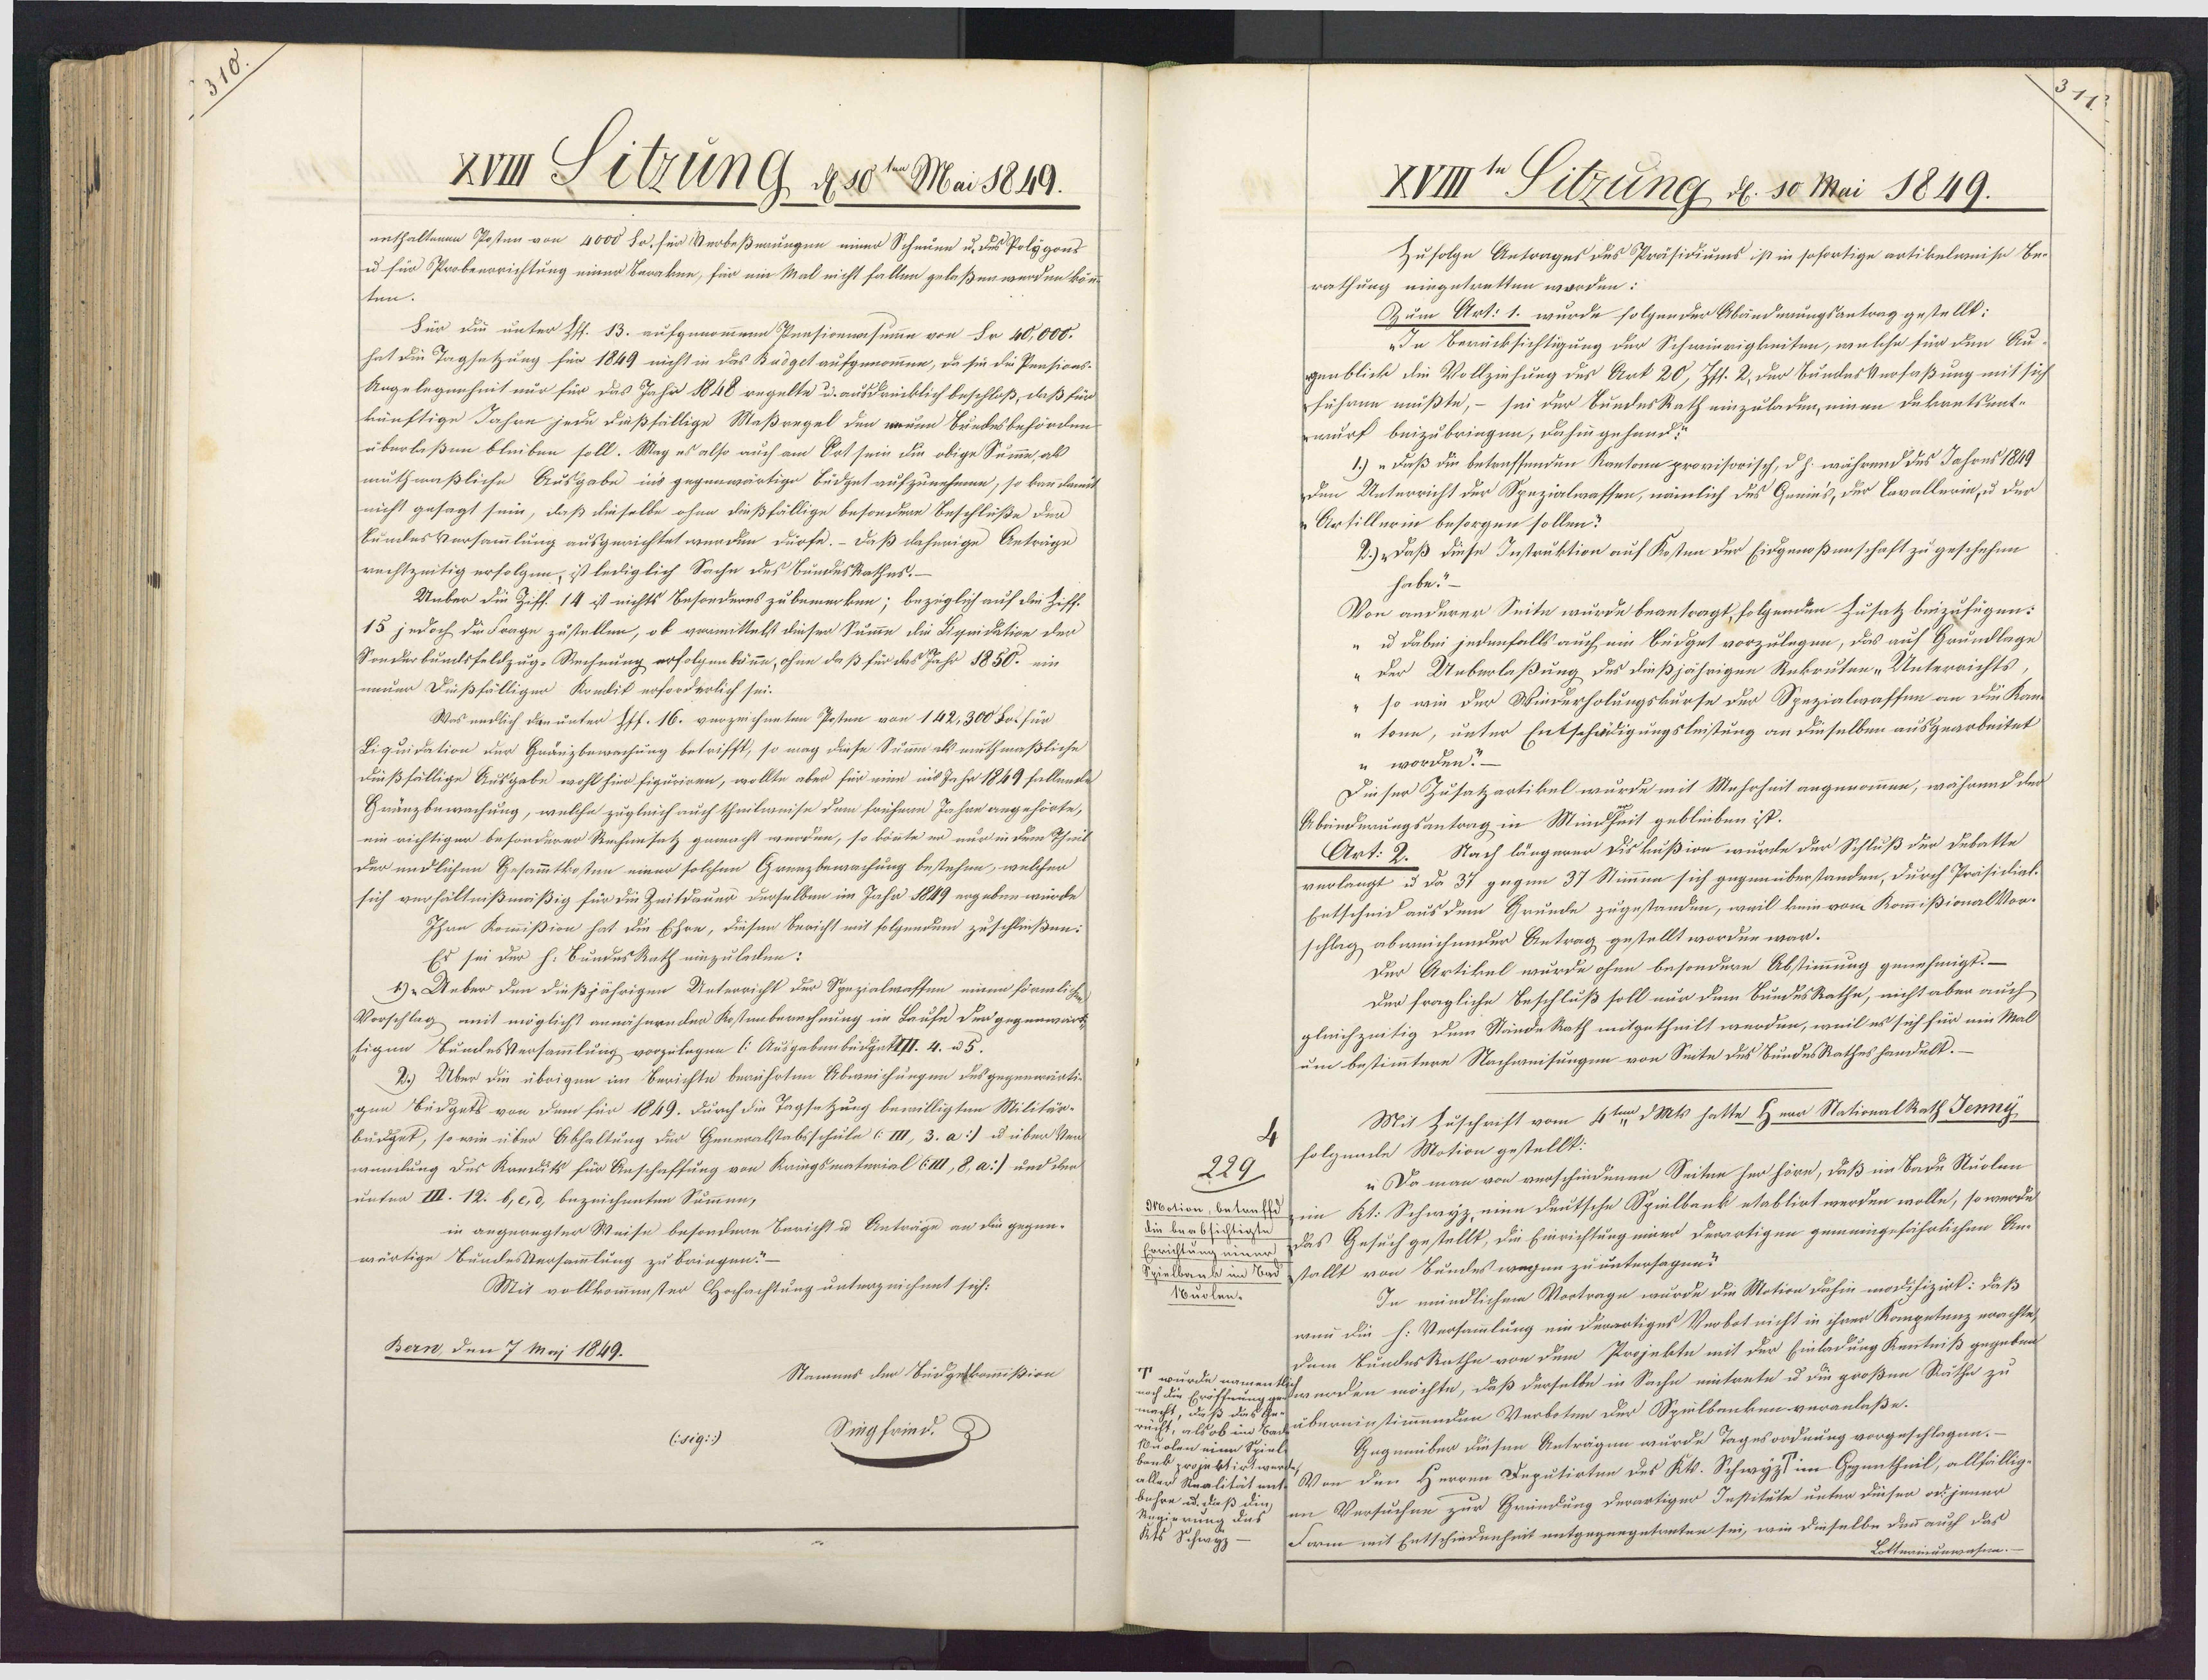
XVII Sitzung, d. 10te Mai 1849.
enthaltenen Posten von 4000 So. für Verbeßenungen einer Scheuen u. des Polygons
u für Probeerrichtung einer Berakne, für ein Mal nicht fallen gelaßen werden köne
ten.
Für die unter Pff. 13. aufgenommenn Pensionwsume von Fr 40,000.
hat die Tagsetzung für 1849 nicht in das Badget aufgenommen, da sie die Pensions-
Angelegenheit nur für das Jahr 1848 regelte u. ausdrücklich beschloß, daß für
künftige Jahre jede dießfällige Maßregel den weuen Bundesbehörden
überlaßen bleiben soll. Mag es also auch am Ort sein die obige Summe, als
muthmaßliche Ausgabe ins gegenwärtige Büdget aufzunehmen, so kann damit
nicht gesagt sein, daß dieselbe ohne dießfällige besondere Beschlüße der
Bundes Versammlung ausgerichtet werden dürfe. – Daß daherige Anträge
rechtzeitig erfolgen, ist lediglich Sache des Bundeskathes.
Unber die Ziff. 14 ist nichts Besonderes zu bemerken; bezüglich auf die Ziff¬
15 jedoch die Frage zustellen, ob vormittelst dieser Summe die Liquidation der
Sonderbumdsfeldzug-Rechnung erfolgen könne, ohne daß für das Jahr 1850. ein
neuer Dißfälliger Krndik erforderlich sei.
Was endlich dan unter Hff. 16. verzeichneten Posten von 142,300 Bot für
Liquidation der Gränzbewachung betrifft, so mag diese Summe als muthmaßliche
dießfällige Ausgabe wohl hier figuriren, wollte aber für ein ins Jahr 1849 fallende
Gränzbewachung, welche zugleich auch theilweise dem frühern Jahre angehörte,
ein richtiger besonderer Rechensatz gemacht werden, so könnte er nur in dem Theils
Der endlichen Gesammtkosten einer solchen Grenzbewachung bestehen, welchen
sich verhältnißmäßig für die Zeitdauer derselben im Jahr 1849 ergeben würde.
Ihre Kommißion hat die Ehre, diesen Bericht mit folgendem zuschließen:
Er sei der h. BundesRath einzuleden:
1) "Ueber den dießjährigen Unterricht der Spezialwaffen einen förmlichen
Vorschlag mit möglicht annäheender Kostenberechnung im Laufe der gegenwärt¬
tigen BundesVersammlung vorzulegen (: Ausgebenbedgett. 4. u 5.
2.) Über die übrigen im Berichte berührten Abweichungen des gegenwärtig
gen Bedgets von dem für 1849. durch die Tagsetzung bewilligten Militär-
budget, so wie über Abhaltung der Generalstabsschule (III, 3. a:] u über Ven¬
wundung des Kredits für Anschaffung von Kriegsmaterial (III, 8, a] und den
unter III. 12. b, e, d. bezeichneten Summen,
in angeregter Weise besondere Bericht u Anträge an die gegen-
wärtige BundesVersammlung zu bringen?
Mit vollkommenster Hochachtung unterzeichnnt sich:
Bern, den 7 Maj 1849.
Nammes der Bidgeskommißion
Siegfried. D
Csig::)

XVIIIt Sitzung d. 10 Mai 1849.
Zufolge Antrages des Präsidiums ist in sofortige artikelweise Be¬
rathung eingetretten worden:
Zum Art: 1. wurde folgender Abänderungsantrag gestellt:
„In Berücksichtigung der Schwierigkeiten, welche für den Au¬
genblick die Vollziehung des Art 20, Jss. 2, der BundesVerfaßung mit sich
führen müßte, – sei der BundesRath einzuladen, einen Dekantsent¬
wurf beizubringen, dahin gehand:
1.) „Daß die betreffenden Kantona provisorisch, d h. während des Jahres 1849
Den Unterricht der Spezialwassen, nämlich des Genies, der Cavallerin, u der
Artillerin besorgen sollen?
2.)Daß diese Instruktion auf Kosten der Eidgenoßenschaft zu geschehen
habe"
Von anderer Seite wurde beantragt, folgenden Zusatz beizufügen:
„ u dabei jedenfalls auch ein Büdget vorzulegen, das auf Grundlage
„der Ueberlaßung des dießjährigen Rekruten „Unterrichts
so wie der Wiederholungskurse der Spezialwaffen an die Kant
"tonn, unter Entschädigungsleistung an dieselben ausgearbeitet
n worden?—
Dieser Zusatzartikel wurde mit Mehrheit angenommen, während der
Abeinderungsantrag in Mindheit gebleiben ist.
Art: 2. Nach längerer Diskußion wurde der Schluß der Debatte
verlangt u da 37 gegen 37 Stimmen sich gegenüberstanden, durch Präsidial¬
Entscheid aus dem Grunde zugestanden, weil kein vom KommißionalVor¬
schlag abweichender Antrag gestellt worden war.
Der Artikel wurde ohne besondern Abstimmung genehmigt. —
Der fragliche Beschluß soll nur dem BundesRathe, nicht aber auch
gleichzeitig dem Stände Rath mitgetheilt werden, weil es sich für ein Mal¬
um bestimmtere Nachweisungen von Seite des BundesRathes handelt.—
Mit Zuschrift vom 4ten dMks hatte Herr StationalRath Jenny
folgende Motion gestellt.
229
„ Da man von verschiedenen Seiten her höre, daß im Bade Suolen
Modion, betraffd in Kt. Schwyz eine deutsche Spielbank etablirt werden wolle, so werde
die beabsichtigte
Errichtung einer Das Gesuch gestellt, die Einrichtung einer derartigen gemeingefährlichen An¬
Spielbank im Badstallt von Sundes wegen zu untersagen?
In mündlichem Vortrage wurde die Motion dahin modifizirt: daß
1uolen.
wenn die h. Versammlung ein derartiges Verbot nicht in ihrer Kompetenz erachte
dem BundesRathe von dem Projekte mit der Einladung Kenntniß gegeben
würde namen schwerden möchte, daß derselbe in Sache eitrete u die großen Räthe zu
noch die Eröffnung
macht, daß das Ge¬
rucht, als ob im Badübereinstimmenden Verboten der Spulbanken veranlaße.
Gegenüber diesen Anträgen wurde Tagesordnung vorgeschlagen.—
1uolen eine Spiel
bank projektirt wer¬
aller Realitätent Von den Herren Deputirten des Kt. Schwyz im Gegentheil, allfällig
bühre u. daß die
em Versuchen zur Gründung derartiger Institute unter diesen od jener
Rugierung das
Form mit Entschiedenheit entgegengetreten sei, wie dieselbe denn auch daß
Kts Schwyz
Lottnainunwasnn.